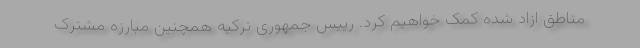
مناطق ازاد شده کمک خواهیم کرد. رییس جمهوری ترکیه همچنین مبارزه مشترک